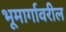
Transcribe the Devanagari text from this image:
भूमार्गावरील